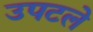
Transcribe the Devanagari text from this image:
उपटले